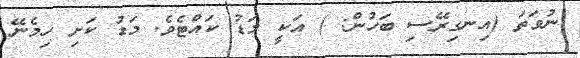
ނުވަތަ (އިނގިރޭސި ބަހުން: ) އަކީ މަޑު ކައްޓެވެ. މަޑު ކަށި ހިމެނޭ